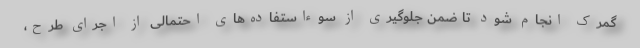
گمرک انجام شود تا ضمن جلوگیری از سوءاستفاده‌های احتمالی از اجرای طرح،